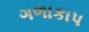
ગળાકાપ